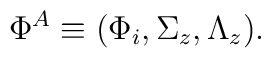
\Phi^A \equiv (\Phi_i , \Sigma_z , \Lambda_z ) .